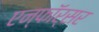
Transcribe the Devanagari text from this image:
एन्फाॅर्सर